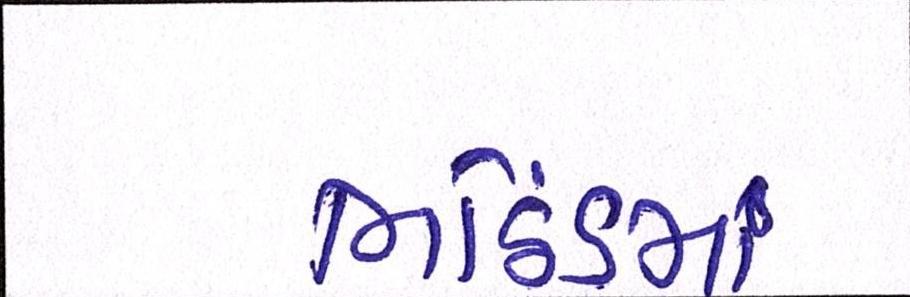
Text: ભઠિંડમાં